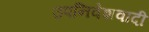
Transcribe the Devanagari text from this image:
उपनिवेशवादी